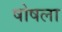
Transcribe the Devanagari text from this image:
षोषला